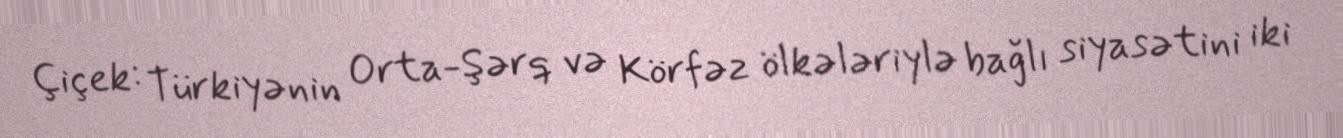
Çiçek: Türkiyənin Orta-Şərq və Körfəz ölkələriylə bağlı siyasətini iki